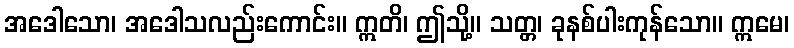
အဒေါသော၊ အဒေါသလည်းကောင်း။ ဣတိ၊ ဤသို့။ သတ္တ၊ ခုနစ်ပါးကုန်သော။ ဣမေ၊